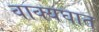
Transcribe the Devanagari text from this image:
वाक्यघात